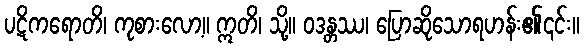
ပဋိကရောတိ၊ ကုစားလော့။ ဣတိ၊ သို့။ ဝဒန္တဿ၊ ပြောဆိုသောရဟန်း၏၎င်း။